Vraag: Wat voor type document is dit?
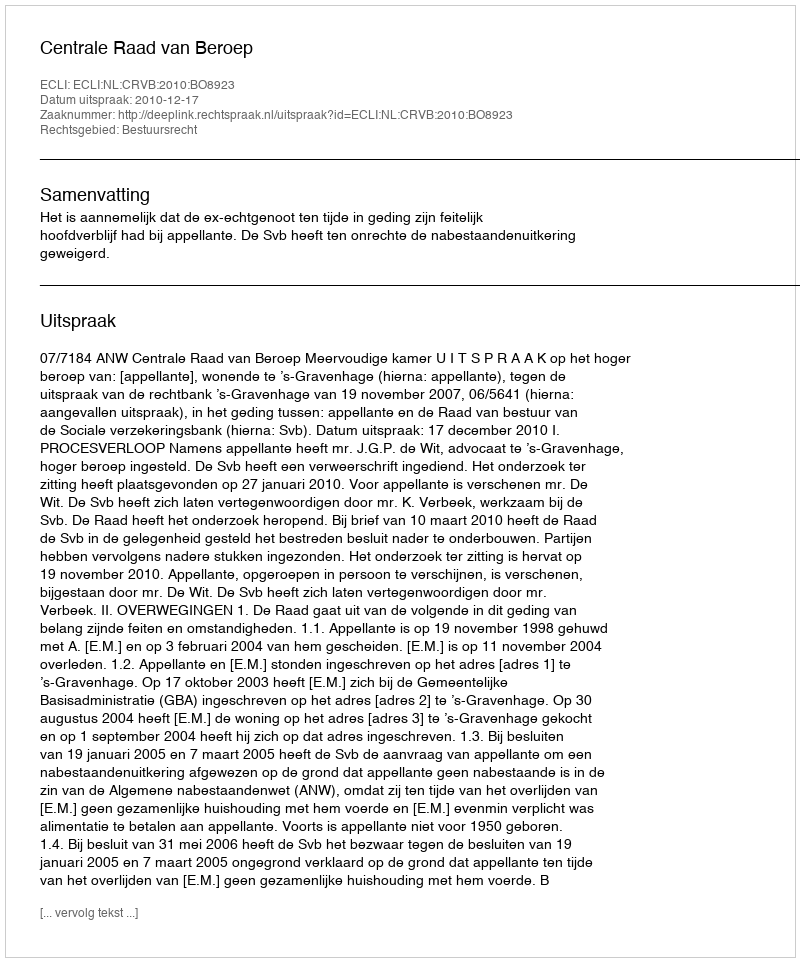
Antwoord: Uitspraak